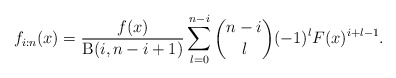
\begin{align*}f_{i:n}(x)=\frac{f(x)}{\operatorname{B}(i,n-i+1)}\sum_{l=0}^{n-i}\binom{n-i}{l}(-1)^lF(x)^{i+l-1}.\end{align*}